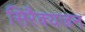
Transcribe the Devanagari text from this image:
सिरैक्यजन